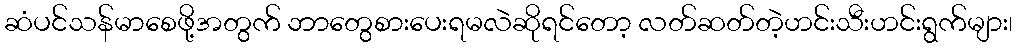
ဆံပင်သန်မာစေဖို့အတွက် ဘာတွေစားပေးရမလဲဆိုရင်တော့ လတ်ဆတ်တဲ့ဟင်းသီးဟင်းရွက်များ၊